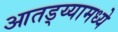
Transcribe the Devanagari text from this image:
आतड्य्यामध्ये